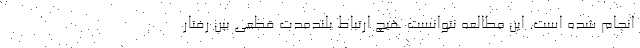
انجام شده است. این مطالعه نتوانست هیچ ارتباط بلندمدت قطعی بین رفتار